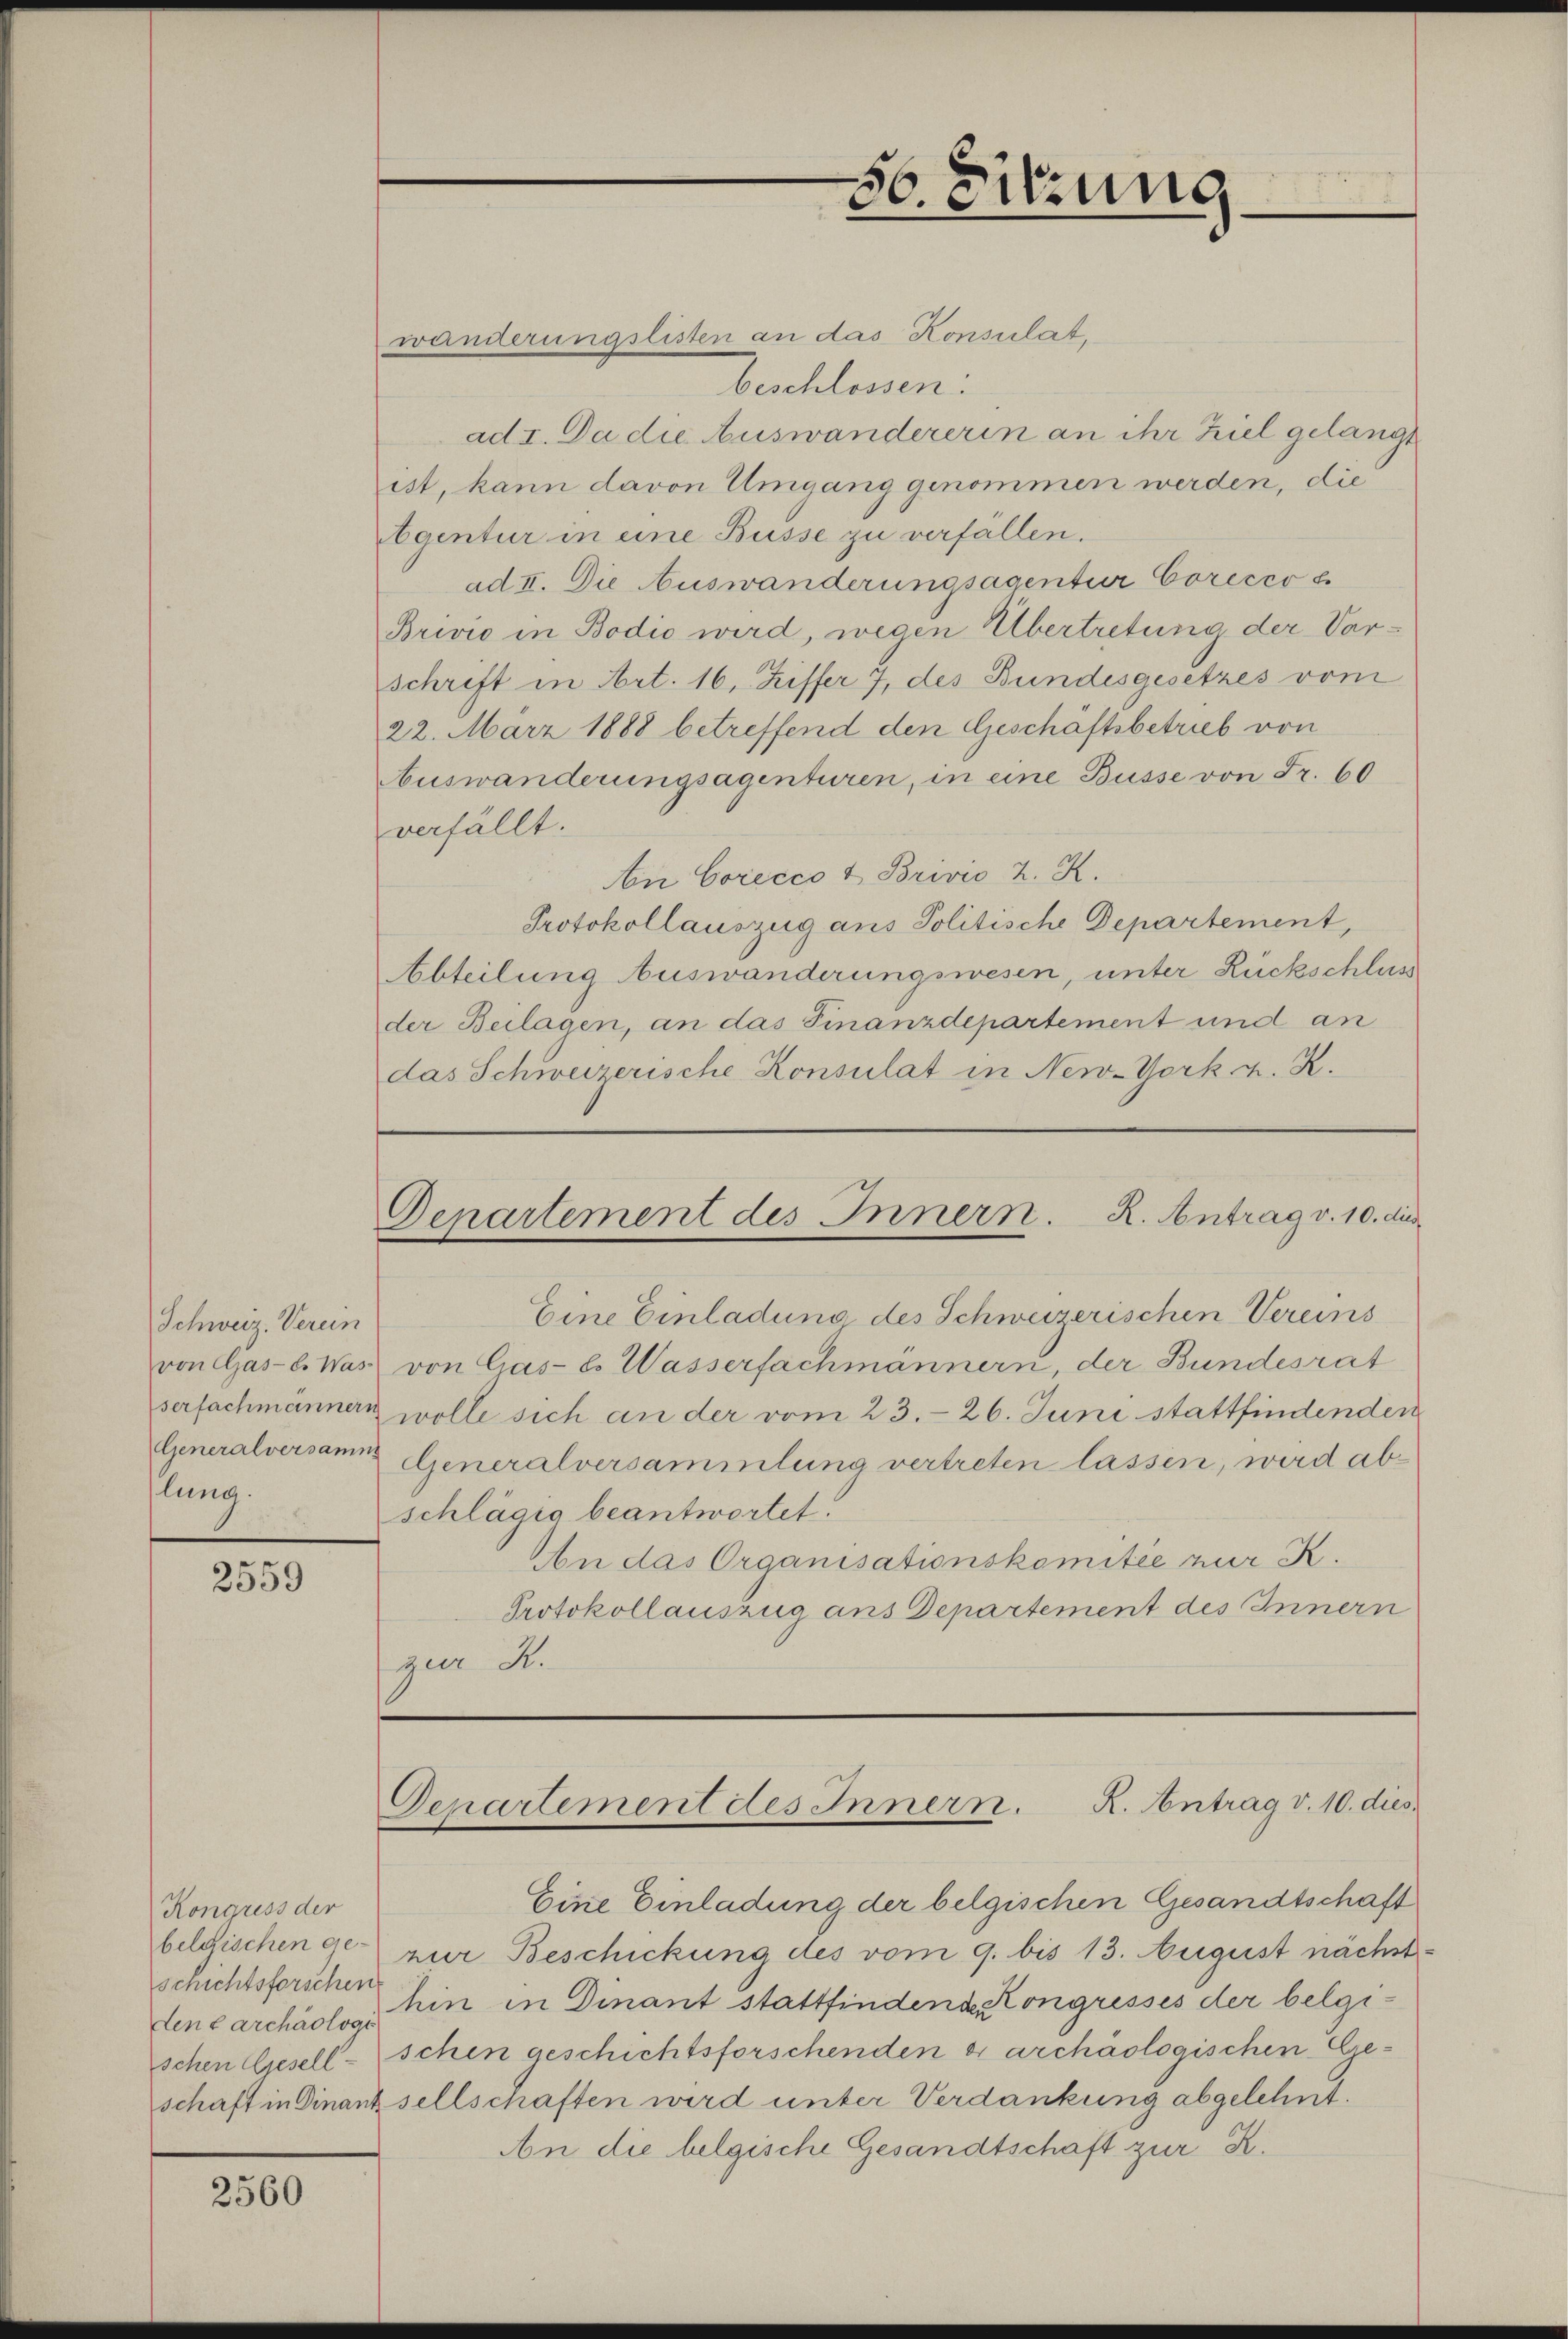
Schweiz. Verein
von Gas- b. Was¬
Generalversamm
lung.

2559

Kongress der
schichtsforschen

2560

wanderungslisten an das Konsulat,
beschlossen:
ad I. Da die Auswandererin an ihr Ziel gelangt
ist, kann davon Umgang genommen werden, die
bgentur in eine Busse zu verfällen.
ad II. Die Auswanderungsagentur Corecco s
Brivić in Bodio wird, wegen Übertretung der Vorschrift in Art. 16, Ziffer 7, des Bundesgesetzes vom
22. März 1888 betreffend den Geschäftsbetrieb von
uswanderungsagenturen, in eine Busse von Fr. 60
verfällt.
An Corecco & Brivio 2. K.
Protokollauszug ans Politische Departement,
Abteilung Auswanderungswesen, unter Rückschluss
der Beilagen, an das Finanzdepartement und an
das Schweizerische Konsulat in New-York u. K.

Eine Einladung des Schweizerischen Vereins
von Gas- l. Wasserfachmännern, der Bundesrat
serfachmännern wolle sich an der vom 23. 26. Juni stattfindenden
Generalversammlung vertreten lassen, wird abschlägig beantwortet.
An das Organisationskomitee zur K.
Protokollauszug ans Departement des Innern
zur R.

56. Sitzung

Departement des Innern. R. Antrag v. 10. dur

Departement des Innern. K. Antrag v. 10. dies

Eine Einladung der belgischen Gesandtschaft
belgischen er nur Beschickung des vom 9. bis 13. August nächstvencarchäolog hin in Dinant stattfindende Kongresses der belgischen Giesellschen geschichtsforschenden er archäologischen Geschaft in Finanz sellschaften wird unter Verdankung abgelehnt.
An die belgische Gesandtschaft zur K.